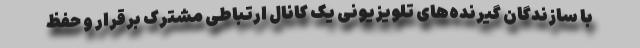
با سازندگان گیرنده‌های تلویزیونی یک کانال ارتباطی مشترک برقرار و حفظ